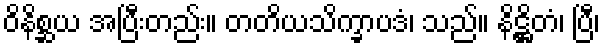
ဝိနိစ္ဆယ အပြီးတည်း။ တတိယသိက္ခာပဒံ၊ သည်။ နိဋ္ဌိတံ၊ ပြီ၊